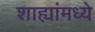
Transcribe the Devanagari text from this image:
शाह्यांमध्ये